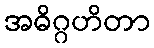
အဓိဂ္ဂဟိတာ